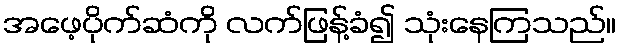
အဖေ့ပိုက်ဆံကို လက်ဖြန့်ခံ၍ သုံးနေကြသည်။